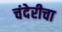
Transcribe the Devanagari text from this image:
चंदेरीचा